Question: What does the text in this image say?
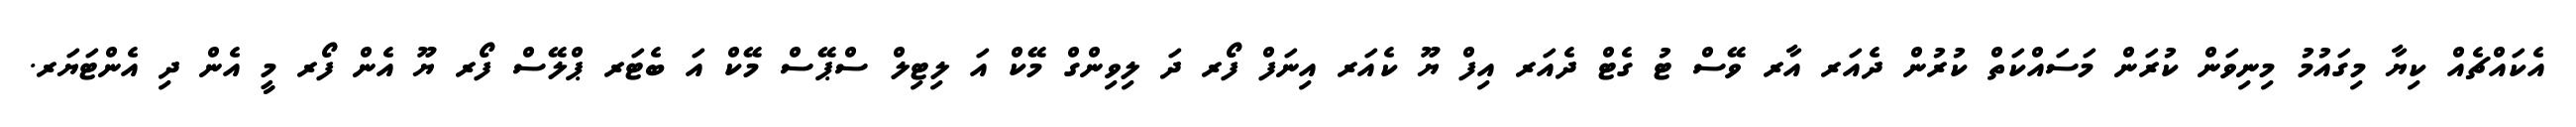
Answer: އެކައްޗެއް ކިޔާ މިގައުމު މިނިވަން ކުރަން މަސައްކަތް ކުރުން ދެއަރ އާރ ވޭސް ޓު ގެޓް ދެއަރ އިފް ޔޫ ކެއަރ އިނަފް ފޯރ ދަ ލިވިންގް މޭކް އަ ލިޓިލް ސްޕޭސް މޭކް އަ ބެޓަރ ޕްލޭސް ފޯރ ޔޫ އެން ފޯރ މީ އެން ދި އެންޓަޔަރ.